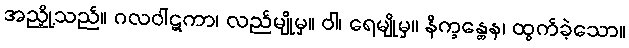
အညှို့သည်။ ဂလဝါဋကာ၊ လည်မျိုမှ။ ဝါ၊ ရေမျိုမှ။ နိက္ခန္တေန၊ ထွက်ခဲ့သော။